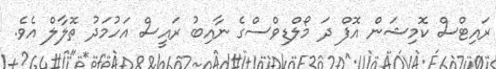
ރައިޓްސް ކޮމިޝަން އޮފް ދަ މޯލްޑިވްސްގެ ނާއިބު ރައީސް އަހުމަދު ތޮލާލް އެވެ.